King Institute of Preventive Medicine Bacteriolog. Section reports 1907-08
Year: 1907
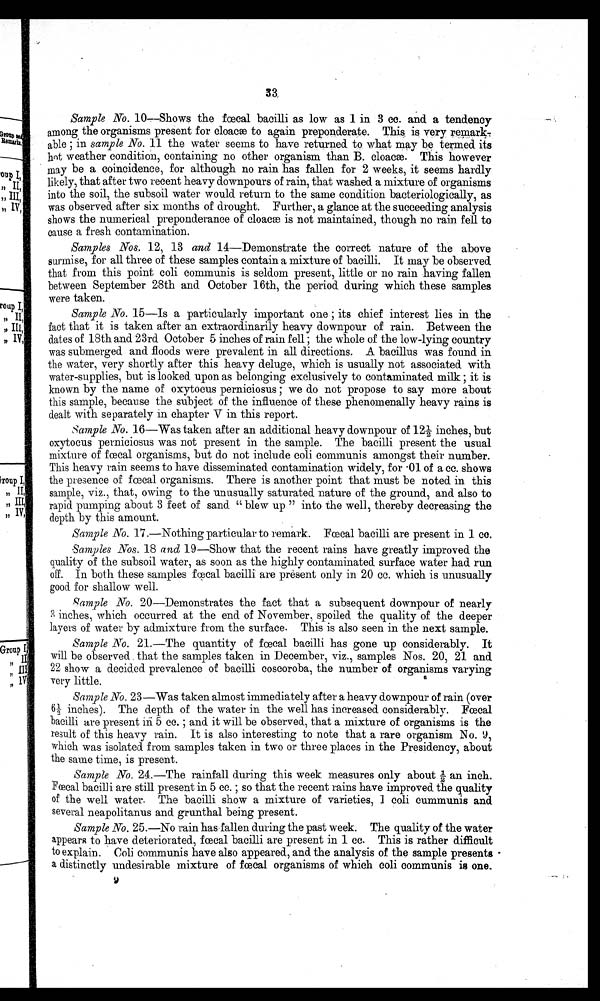
33
Sample No. 10—Shows the fœcal bacilli as low as 1 in 3 cc. and a tendency
among the organisms present for cloacæ to again preponderate. This is very r e m a r k
able ; in sample No. 11 the water seems to have returned to what may be termed its
hit weather condition, containing no other organism than B. cloacæ. This however
may be a coincidence, for although no rain has fallen for 2 weeks, it seems hardly
likely, that after two recent heavy downpours of rain, that washed a mixture of organisms
• into the soil, the subsoil water would return to the same condition bacteriologically, as
was observed after six months of drought. Further, a glance at the succeeding analysis
shows the numerical preponderance of cloacæ is not maintained, though no rain fell to
cause a fresh contamination.
Samples Nos. 12, 13 and 14—Demonstrate the correct nature of the above
surmise, for all three of these samples contain a mixture of bacilli. It may be observed
that from this point coli communis is seldom present, little or no rain having fallen
between September 28th and October 16th, the period during which these samples
were taken.
Sample No. 15—Is a particularly important one ; its chief interest lies in the
fact that it is taken after an extraordinarily heavy downpour of rain. Between the
dates of 18th and 23rd October 5 inches of rain fell ; the whole of the low-lying country
was submerged and floods were prevalent in all directions. A bacillus was found in
the water, very shortly after this heavy deluge, which is usually not associated with
water-supplies, but is looked upon as belonging exclusively to contaminated milk ; it is
known by the name of oxytocus perniciosus ; we do not propose to say more about
this sample, because the subject of the influence of these phenomenally heavy rains is
dealt with separately in chapter V in this report.
Sample No. 16—Was taken after an additional heavy downpour of 12½ inches, but
oxytocus perniciosus was not present in the sample. The bacilli present the usual
• mixture of fœcal organisms, but do not include coli communis amongst their number.
This heavy rain seems to have disseminated contamination widely, for .01 of a cc. shows
the presence of fœcal organisms. There is another point that must be noted in this
sample, viz., that, owing to the unusually saturated nature of the ground, and also to
rapid pumping about 3 feet of sand " blew up " into the well, thereby decreasing the
depth by this amount.
Sample No. 17.—Nothing particular to remark Fœcal bacilli are present in 1 co.
•
Samples Nos. 18 and 19—Show that the recent rains have greatly improved the
quality of the subsoil water, as soon as the highly contaminated surface water had run
off. In both these samples fœcal bacilli are present only in 20 cc. which is unusually
good for shallow well.
'ample No. 20—Demonstrates the fact that a subsequent downpour of nearly
inches, which occurred at the end of November, spoiled the quality of the deeper
layers of water by admixture from the surface. This is also seen in the next sample.
t i
Sample No. 21.—The quantity of fœcal bacilli has gone up considerably. It
will be observed that the samples taken in December, viz., samples Nos. 20, 21 and
22 show a decided prevalence of bacilli coscoroba, the number of organisms varying
very little.
Sample Ho. 23—Was taken almost immediately after a heavy downpour of rain (over
6 ½inches). The depth of the water in the well has increased considerably. Fœcal
bacilli are present in. 5 cc. ; and it will be observed, that a mixture of organisms is the
result of this heavy rain. It is also interesting to note that a rare organism No.,
• which was isolated from samples taken in two or three places in the Presidency, about
the same time, is present.
.
Sample No. 24.—The rainfall during this week measures only about ½ an inch.
Fœcal bacilli are still present. in 5 cc. ; so that the recent rains have improved the quality
of the well water. The bacilli show a mixture of varieties, 1 coli cummunis and
• several neapolitanus and grunthal being present.
Sample No. 25.—No rain has fallen during the past week. The quality of the water
appears to have deteriorated, fœcal bacilli are present in 1 cc. This is rather difficult
to explain. Coli communis have also appeared, and the analysis of the sample presents
a distinctly undesirable mixture of fœcal organisms of which coli communis is one.
9